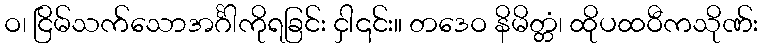
ဝ၊ ငြိမ်သက်သောအင်္ဂါကိုရခြင်း ငှါ၎င်း။ တဒေဝ နိမိတ္တံ၊ ထိုပထဝီကသိုဏ်း